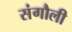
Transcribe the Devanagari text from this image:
संगौली